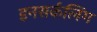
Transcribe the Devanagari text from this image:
इनसर्कलिंग